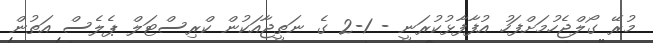
މުރޭ ގޯލްޖެހުމަށްފަހު އުފާފާޅުކުރަނީ - 1-2 ގެ ނަތީޖާއަކުން ކްރިސްޓަލް ޕެލެސް އަތުން